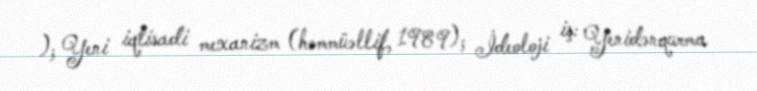
); Yeni iqtisadi mexanizm (həmmüəllif, 1989); İdeoloji iş: Yenidənqurma